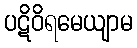
ပဋိဝိရမေယျာမ